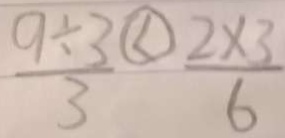
\frac { 9 \div 3 } { 3 } < \frac { 2 \times 3 } { 6 }